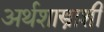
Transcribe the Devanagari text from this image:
अर्थशास्त्राशी